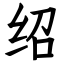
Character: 绍